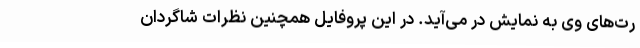
رت‌های وی به نمایش در می‌آید. در این پروفایل همچنین نظرات شاگردان